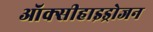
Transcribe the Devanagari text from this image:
ऑक्सीहाइड्रोजन